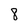
Character: 8